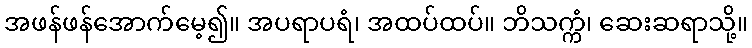
အဖန်ဖန်အောက်မေ့၍။ အပရာပရံ၊ အထပ်ထပ်။ ဘိသက္ကံ၊ ဆေးဆရာသို့။